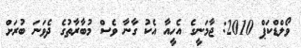
ވޯލްޑްކަޕް 2010: ޖާމަނީގެ އެހީއާ އެކު ގާނާ ވެސް މުބާރާތުގެ ދެވަނަ ބުރަށް